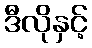
ဒီလိုနှင့်